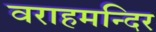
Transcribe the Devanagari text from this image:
वराहमन्दिर